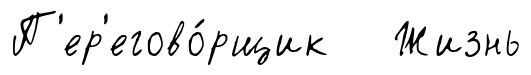
П'ер'егово́рщик Жизнь